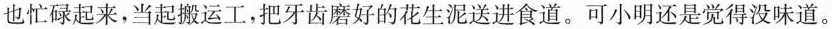
也忙碌起来，当起搬运工，把牙齿磨好的花生泥送进食道。可小明还是觉得没味道。